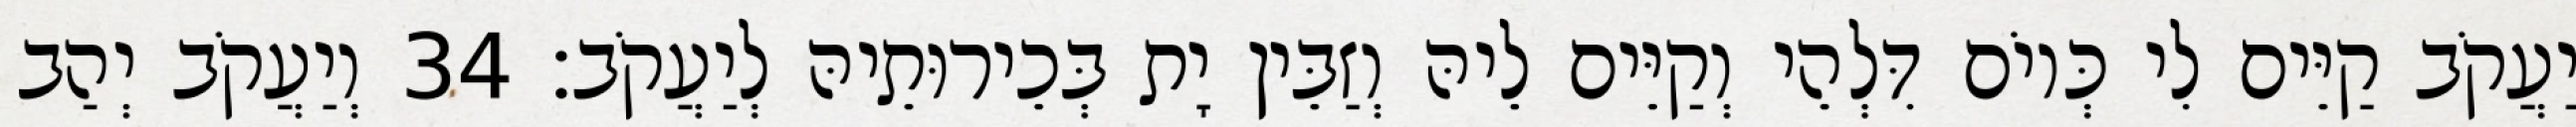
יַעֲקֹב קַיֵּים לִי כְּיוֹם דִּלְהֵי וְקַיֵּים לֵיהּ וְזַבֵּין יָת בְּכֵירוּתֵיהּ לְיַעֲקֹב׃ 34 וְיַעֲקֹב יְהַב